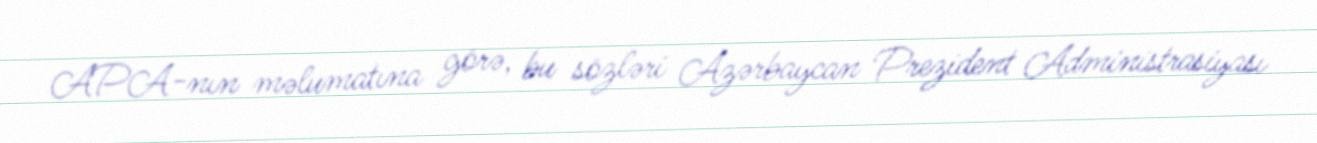
APA-nın məlumatına görə, bu sözləri Azərbaycan Prezident Administrasiyası